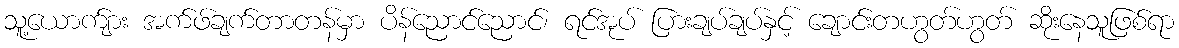
သူ့ယောက်ျား အက်ဖ်ချက်တာတန်မှာ ပိန်ညောင်ညောင်၊ ရင်အုပ် ပြားချပ်ချပ်နှင့် ချောင်းတဟွတ်ဟွတ် ဆိုးနေသူဖြစ်ရာ